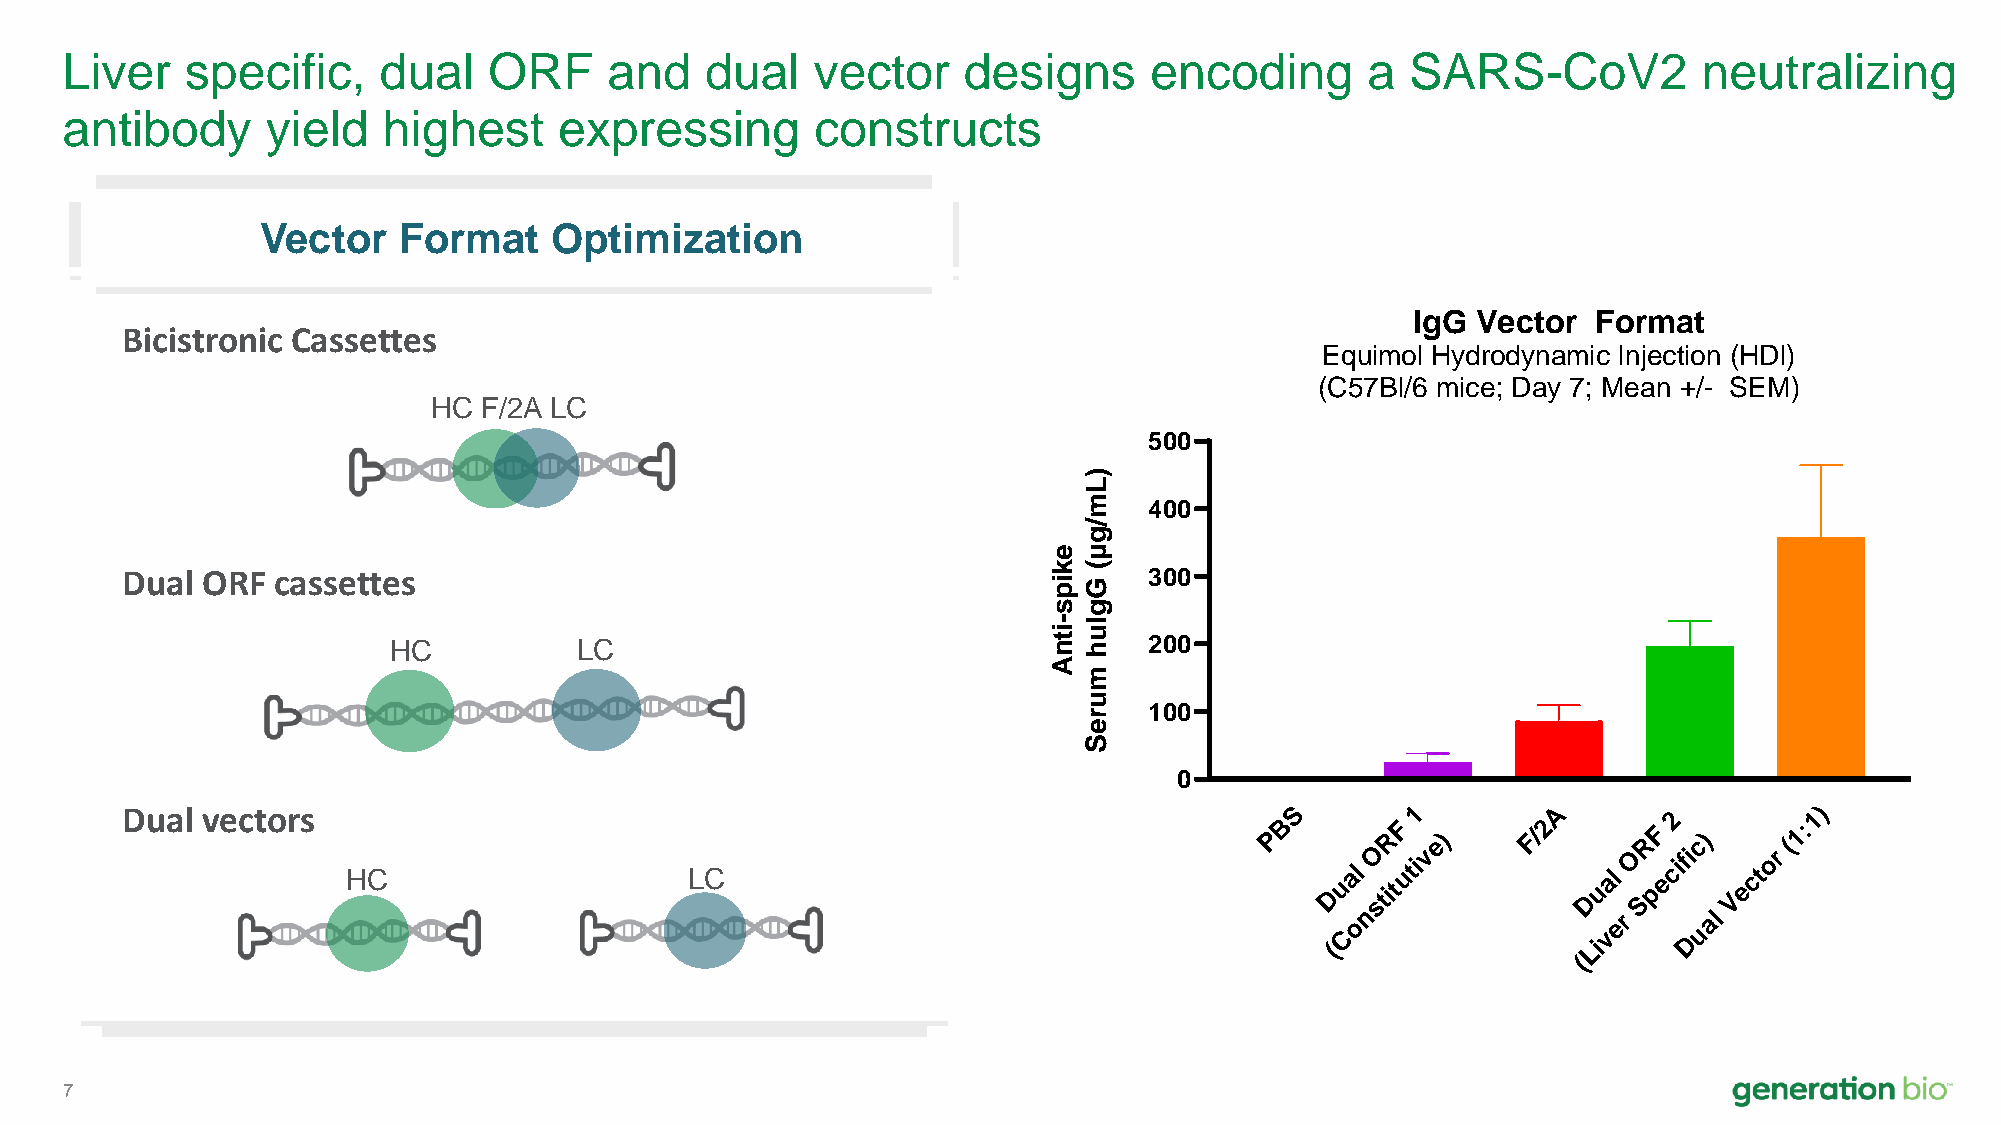
Liver   specific,    dual   ORF     and    dual   vector    designs     encoding      a  SARS-CoV2           neutralizing
 antibody      yield  highest     expressing       constructs
 Vector   Format    Optimization
 IgG  Vector  Format
 Bicistronic Cassettes
 Equimol Hydrodynamic Injection (HDI)
 Development/CMC     risks?                                                     (C57Bl/6 mice; Day 7; Mean +/- SEM)
 HC F/2A LC
 500
 )
 L
 m   400
 /
 g
 eμ
 Dual ORF  cassettes                                          k
 i
 p(
 G
 300
 sg
 IRES vs 2A peptide(s)/linker?                                -I
 iu
 HC          LC                             t nh   200
 A
 m
 u
 100
 r
 e
 S
 0
 D Reu ca ol mve bc it no ar ts
 ion H/ Cproduction risk of du Lp Clicate vs
 P B
 S
 Dual
 O
 stiR tF
 u
 t1
 ive)
 F/2A
 Dual
 O
 SR pF
 e
 c2
 i
 fic)
 Vector
 (1:1)
 Con              ver   ual
 (                Li    D
 (
 7